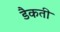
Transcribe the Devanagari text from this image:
डैकती